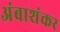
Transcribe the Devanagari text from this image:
अंबाशंकर